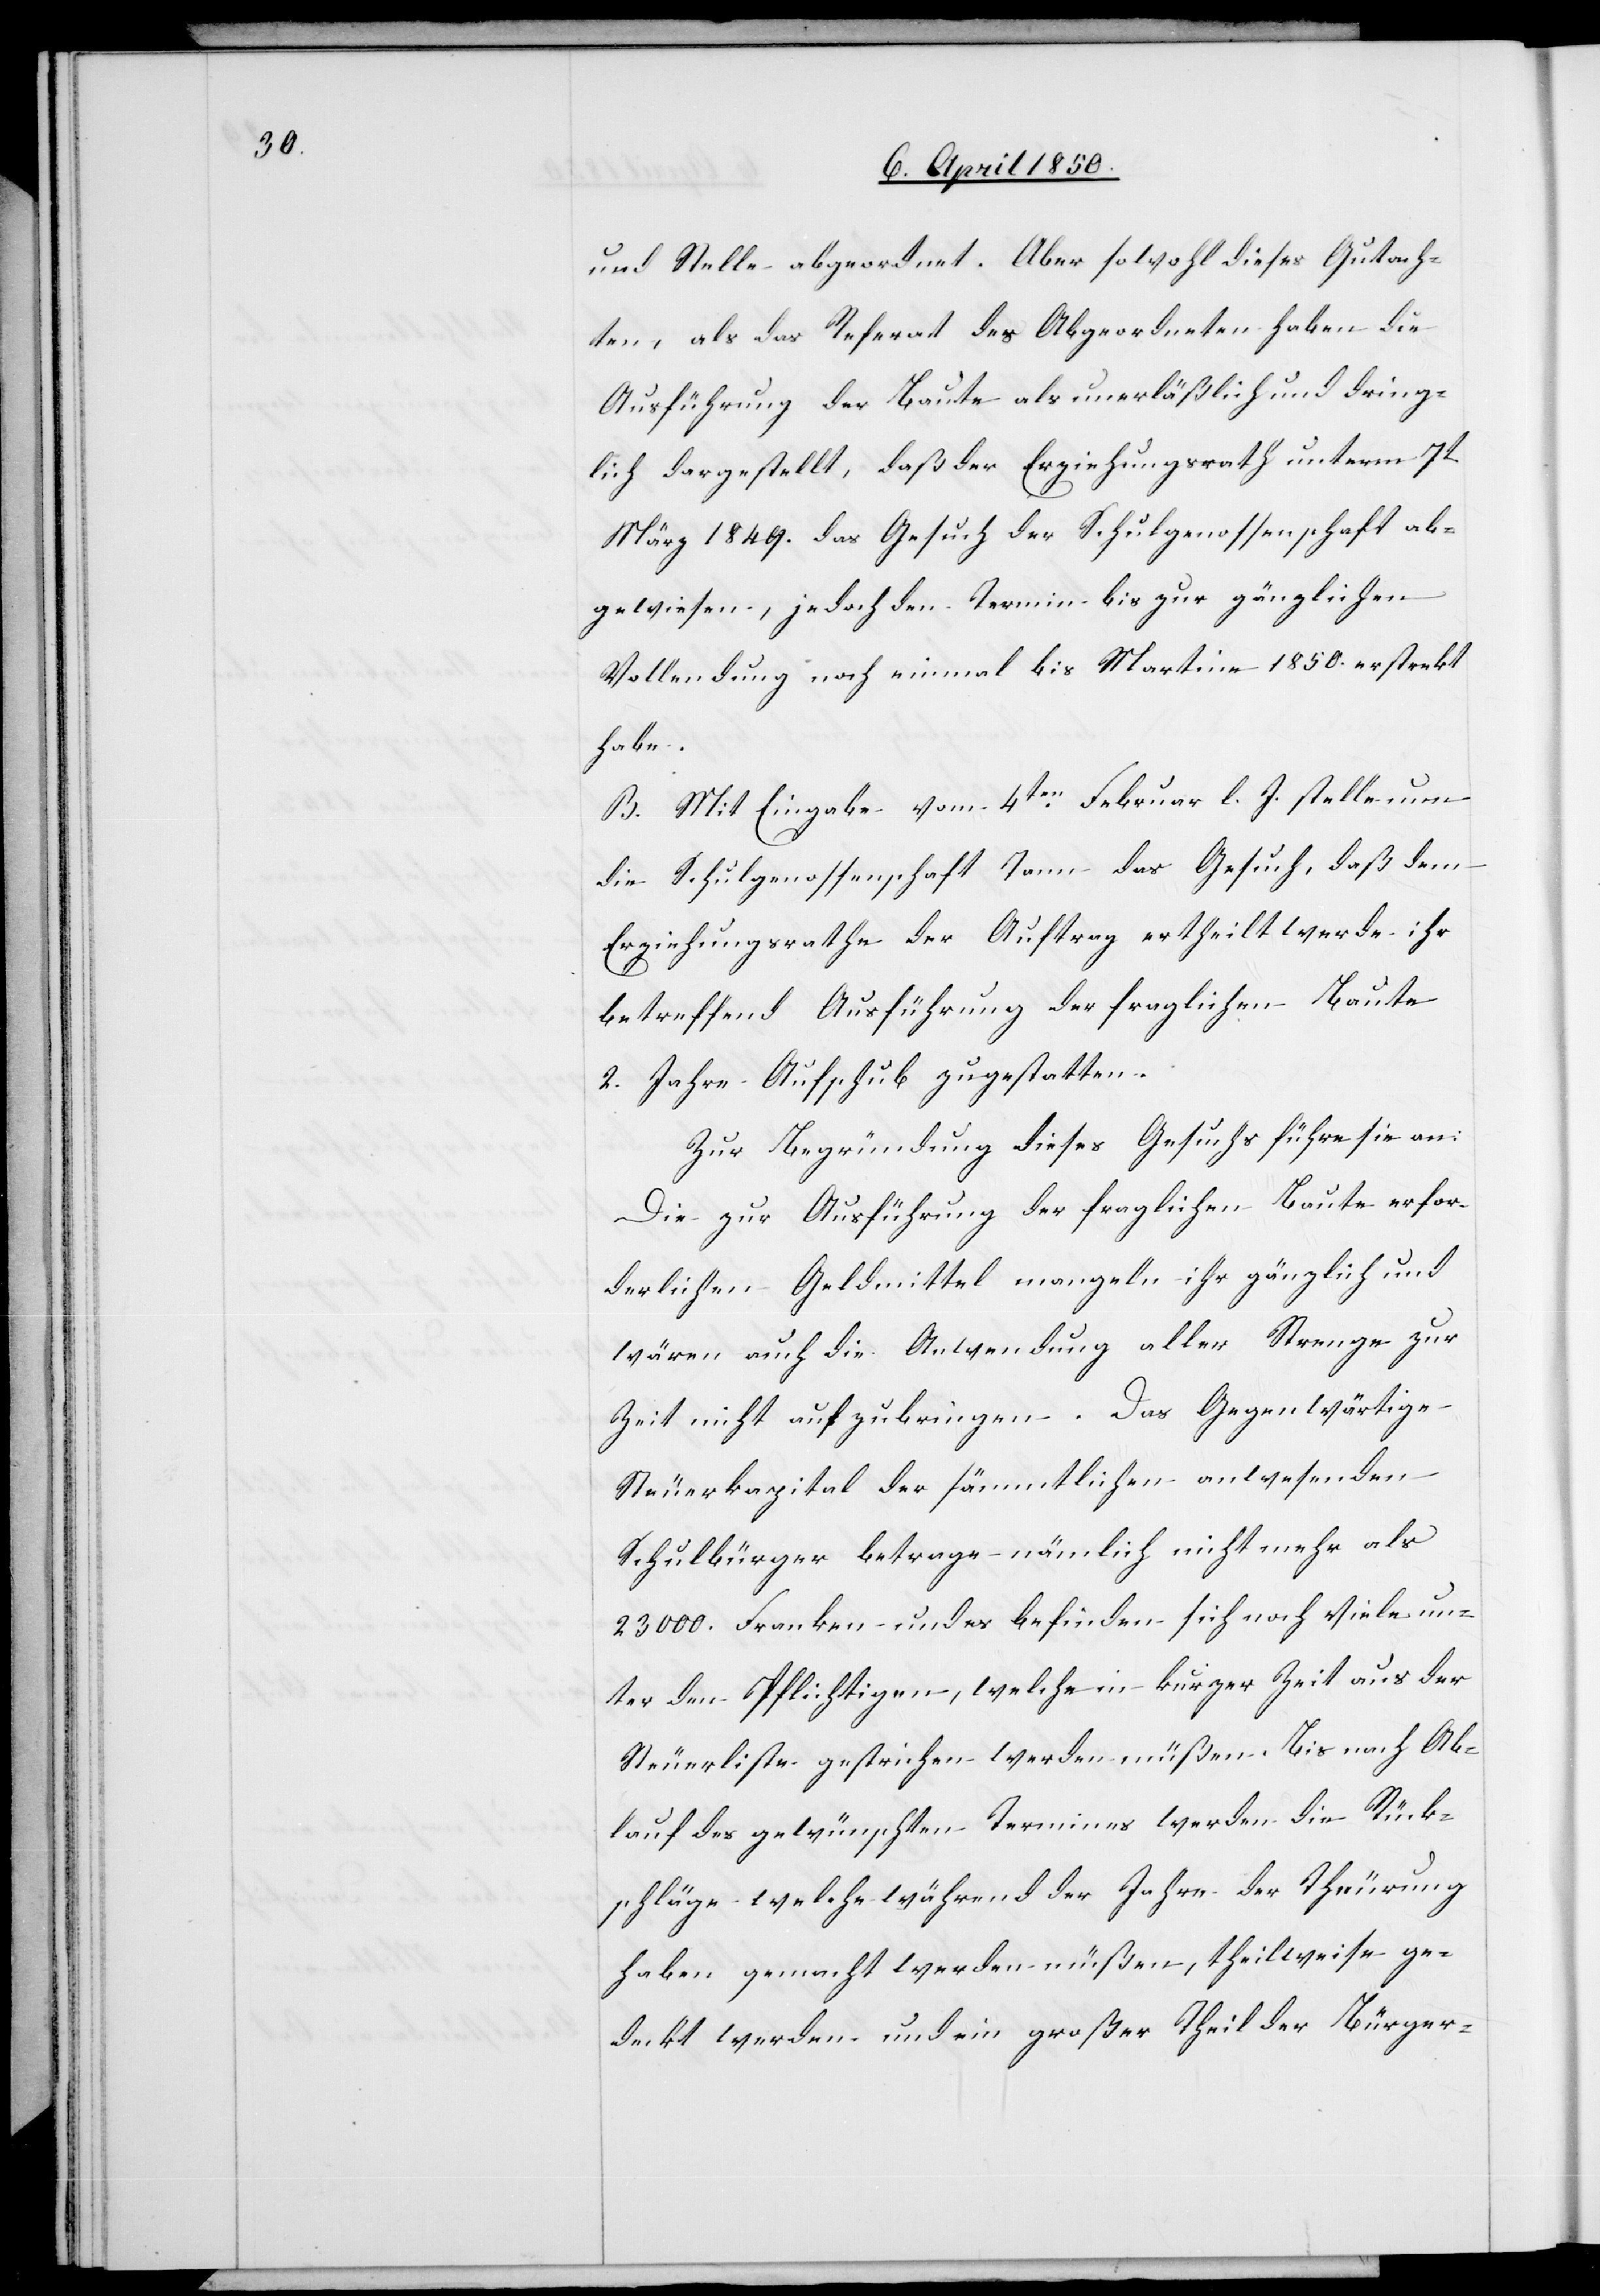
und Stelle abgeordnet. Aber sowohl dieses Gutach¬
ten als das Referat des Abgeordneten haben die
Ausführung der Baute als unerläßlich und dring¬
lich dargestellt, daß der Erziehungsrath unterm 7t
März 1849. das Gesuch der Schulgenossenschaft ab¬
gewiesen, jedoch den Termin bis zur gänzlichen
Vollendung noch einmal bis Martine 1850. erstrekt
habe.
B. Mit Eingabe vom 4ten Februar l. J. stelle nun
die Schulgenossenschaft Tann das Gesuch, daß dem
Erziehungsrathe der Auftrag ertheilt werde ihr
betreffend Ausführung der fraglichen Baute
2. Jahre Aufschub zu gestatten.
Zur Begründung dieses Gesuchs führe sie an:
Die zur Ausführung der fraglichen Baute erfor¬
derlichen Geldmittel mangeln ihr gänzlich und
wären auch [durch] die Anwendung aller Strenge zur
Zeit nicht aufzubringen. Das Gegenwärtige
Steuerkapital der sämmtlichen anwesenden
Schulbürger betrage nämlich nicht mehr als
23000. Franken und es befinden sich noch Viele un¬
ter den Pflichtigen, welche in kurzer Zeit aus der
Steuerliste gestrichen werden müßen. Bis nach Ab¬
lauf des gewünschten Termines werden die Rück¬
schläge welche während der Jahre der Theurung
haben gemacht werden müßen, theilweise ge¬
deckt werden und ein großer Theil der Bürger-